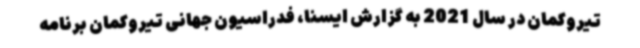
تیروکمان در سال 2021 به گزارش ایسنا، فدراسیون جهانی تیروکمان برنامه